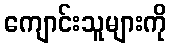
ကျောင်းသူများကို